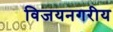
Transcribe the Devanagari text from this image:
विजयनगरीय